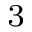
_ 3